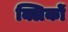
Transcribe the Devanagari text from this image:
क्लिकों